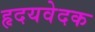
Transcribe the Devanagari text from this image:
हृदयवेदक